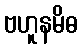
ဗဟူနမိဓ